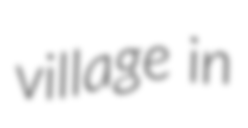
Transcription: village in